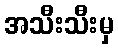
အသီးသီးမှ